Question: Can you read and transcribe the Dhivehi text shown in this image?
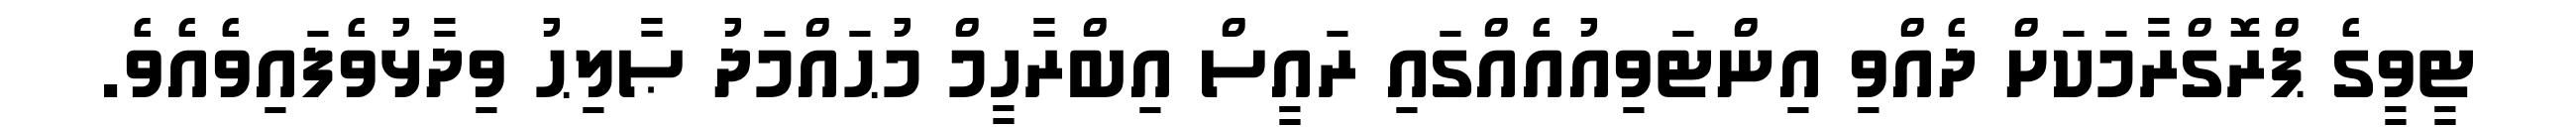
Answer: ޓީވީގެ ޕްރޮގްރާމަކަށް ދެއްވި އިންޓަވިއުއެއްގައި ރައީސް އިބްރާހީމް މުޙައްމަދު ޞާލިޙު ވިދާޅުވެފައިވެއެވެ.